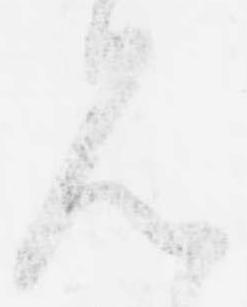
見